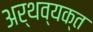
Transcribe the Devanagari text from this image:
अर्थव्यक्त